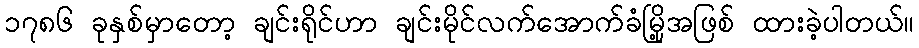
၁၇၈၆ ခုနှစ်မှာတော့ ချင်းရိုင်ဟာ ချင်းမိုင်လက်အောက်ခံမြို့အဖြစ် ထားခဲ့ပါတယ်။